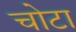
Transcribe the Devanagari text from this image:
चोटा